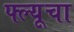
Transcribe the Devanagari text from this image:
फ्ल्यूचा